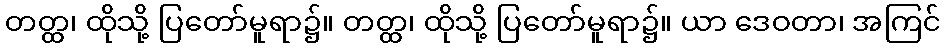
တတ္ထ၊ ထိုသို့ ပြတော်မူရာ၌။ တတ္ထ၊ ထိုသို့ ပြတော်မူရာ၌။ ယာ ဒေဝတာ၊ အကြင်